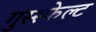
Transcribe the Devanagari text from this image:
गुस्स्फेल्ट